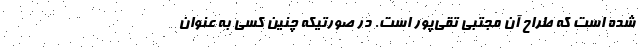
شده است که طراح آن مجتبی تقی‌پور است. در صورتیکه چنین کسی به عنوان